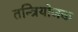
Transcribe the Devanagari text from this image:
तन्त्रियोजक